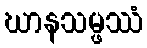
ဃာနသမ္ဖဿံ